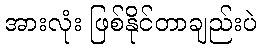
အားလုံး ဖြစ်နိုင်တာချည်းပဲ